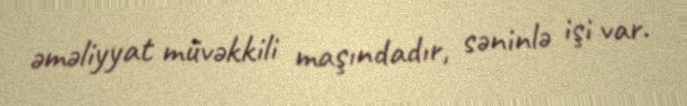
əməliyyat müvəkkili maşındadır, səninlə işi var.